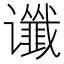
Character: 谶